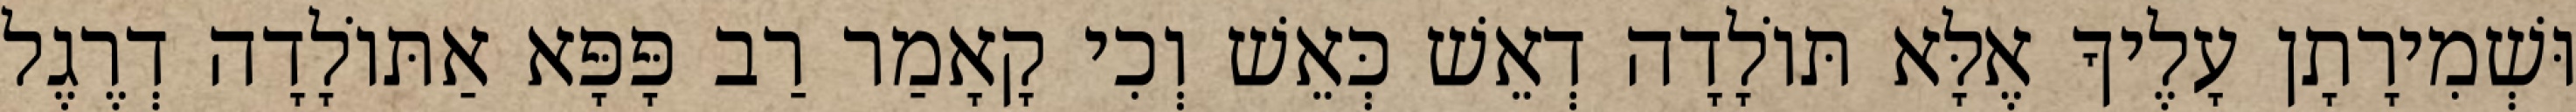
וּשְׁמִירָתָן עָלֶיךָ אֶלָּא תּוֹלָדָה דְאֵשׁ כְּאֵשׁ וְכִי קָאָמַר רַב פָּפָּא אַתּוֹלָדָה דְרֶגֶל